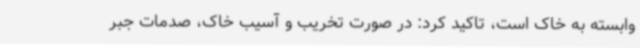
وابسته به خاک است، تاکید کرد: در صورت تخریب و آسیب خاک، صدمات جبر